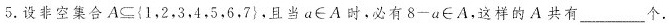
5. 设非空集合$$A \subseteq \left\{1，2，3，4，5，6，7\right\}$$，且当$$a \in A$$时，必有$$8-a \in A$$，这样的A共有___个.